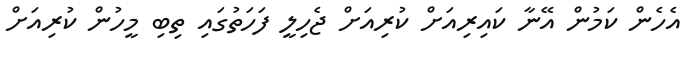
އެހެން ކަމުން އޭނާ ކައިރިއަށް ކުރިއަށް ޖެހިލީ ފަހަތުގައި ތިބި މީހުން ކުރިއަށް